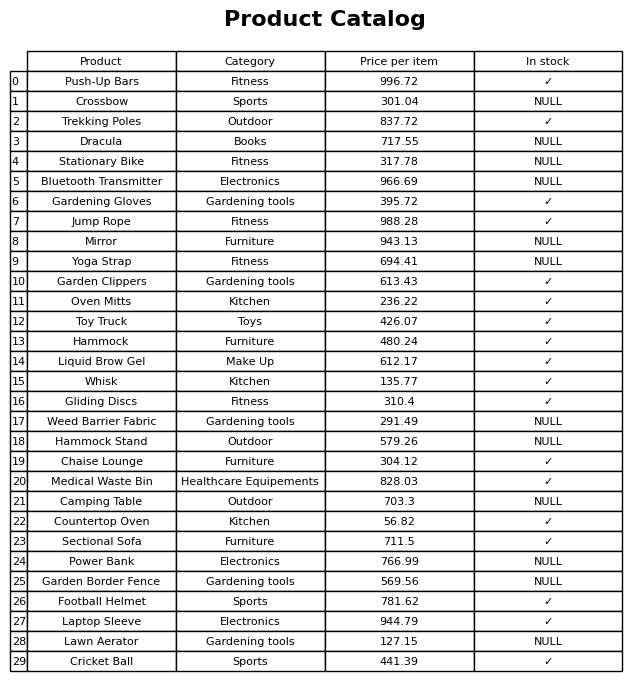
question: What is the price of the Trekking Poles?
answer: The price of Trekking Poles is 837.72.